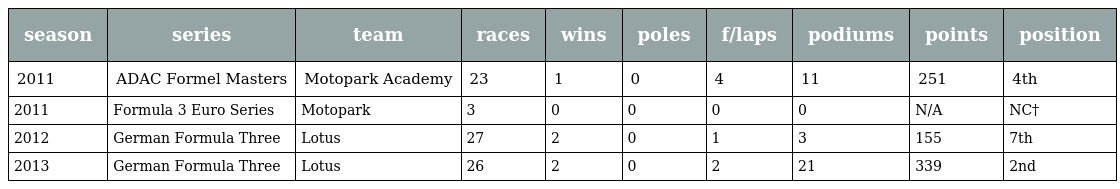
| season | series | team | races | wins | poles | f/laps | podiums | points | position |
 | --- | --- | --- | --- | --- | --- | --- | --- | --- | --- |
 | 2011 | ADAC Formel Masters | Motopark Academy | 23 | 1 | 0 | 4 | 11 | 251 | 4th |
 | 2011 | Formula 3 Euro Series | Motopark | 3 | 0 | 0 | 0 | 0 | N/A | NC† |
 | 2012 | German Formula Three | Lotus | 27 | 2 | 0 | 1 | 3 | 155 | 7th |
 | 2013 | German Formula Three | Lotus | 26 | 2 | 0 | 2 | 21 | 339 | 2nd |